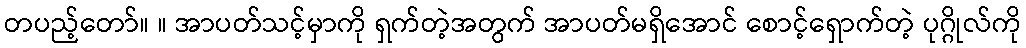
တပည့်တော်။ ။ အာပတ်သင့်မှာကို ရှက်တဲ့အတွက် အာပတ်မရှိအောင် စောင့်ရှောက်တဲ့ ပုဂ္ဂိုလ်ကို